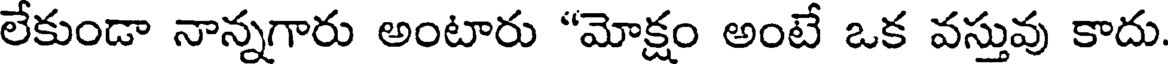
లేకుండా నాన్నగారు అంటారు "మోక్షం అంటే ఒక వస్తువు కాదు